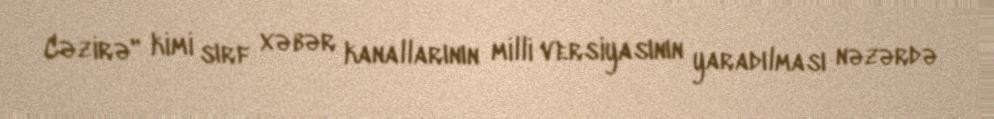
Cəzirə" kimi sırf xəbər kanallarının milli versiyasının yaradılması nəzərdə